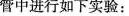
管中进行如下实验：